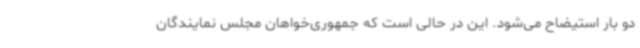
دو بار استیضاح می‌شود. این در حالی است که جمهوری‌خواهان مجلس نمایندگان